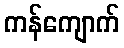
ကန်ကျောက်